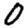
Digit: 0